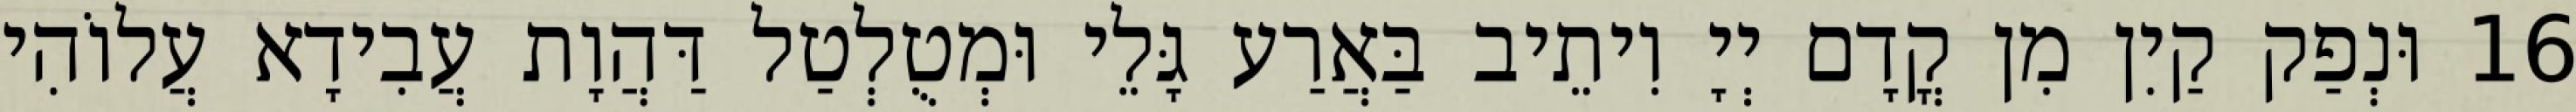
16 וּנְפַק קַיִן מִן קֳדָם יְיָ וִיתֵיב בַּאֲרַע גָּלֵי וּמְטֻלְטַל דַּהֲוָת עֲבִידָא עֲלוֹהִי